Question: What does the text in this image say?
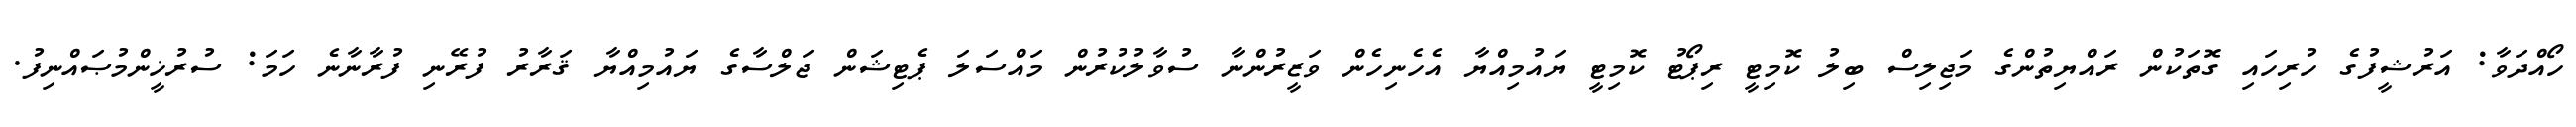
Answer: ހޯއްދަވާ: އަރުޝީފުގެ ހުރިހައި ގޮތަކުން ރައްޔިތުންގެ މަޖިލިސް ބިލު ކޮމިޓީ ރިޕޯޓު ކޮމިޓީ ޔައުމިއްޔާ އެހެނިހެން ވަޒީރުންނާ ސުވާލުކުރުން މައްސަލަ ޕެޓިޝަން ޖަލްސާގެ ޔައުމިއްޔާ ޤަރާރު ފުރޭނި ފުރާނާނެ ހަމަ: ސުރުޚީންމުޞައްނިފު.